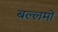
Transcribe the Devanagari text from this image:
बल्लमों